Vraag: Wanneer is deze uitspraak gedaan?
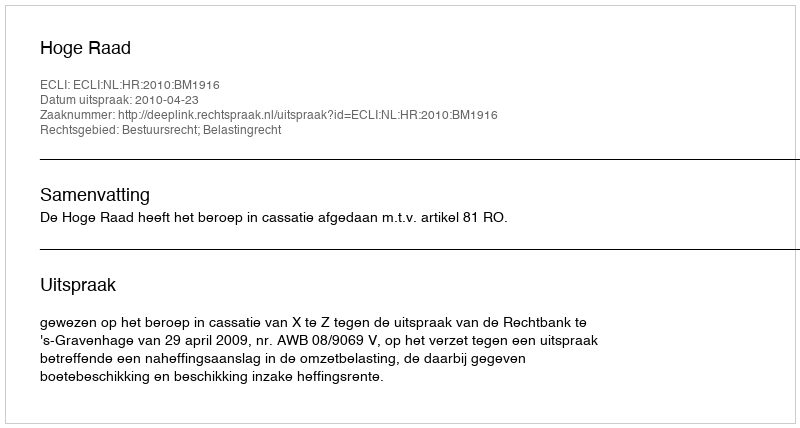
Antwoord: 2010-04-23